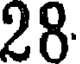
28